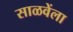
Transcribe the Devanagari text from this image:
साळवेंला